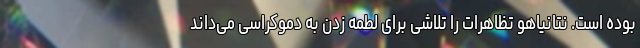
بوده است. نتانیاهو تظاهرات را تلاشی برای لطمه زدن به دموکراسی می‌داند